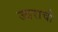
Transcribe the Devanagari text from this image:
ज्वराची